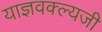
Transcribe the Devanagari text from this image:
याज्ञवक्ल्यजी